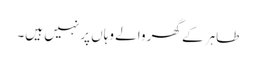
طاہر کے گھر والے وہاں پر نہیں ہیں۔